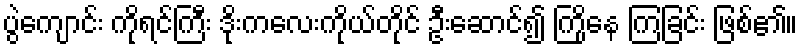
ပွဲကျောင်း ကိုရင်ကြီး ဒိုးကလေးကိုယ်တိုင် ဦးဆောင်၍ ကြိုနေ ကြခြင်း ဖြစ်၏။